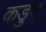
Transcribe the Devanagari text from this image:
कड़ुए